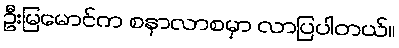
ဦးမြမောင်က စနာလာစမှာ လာပြပါတယ်။